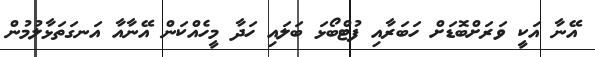
އޭނާ އަކީ ވަރަށްބޮޑަށް ހަބަރާއި ފުޓްބޯޅަ ބަލައި ހަދާ މީހެއްކަން އޭނާއާ އަނގަތަޅާލުމުން